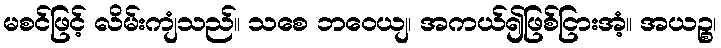
မစင်ဖြင့် လိမ်းကျံသည်။ သစေ ဘဝေယျ၊ အကယ်၍ဖြစ်ငြားအံ့။ အယဉ္စ၊